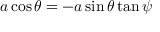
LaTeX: a \cos \theta = - a \sin \theta \tan \psi